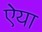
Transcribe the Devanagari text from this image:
ऐया